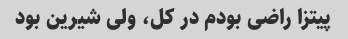
پیتزا راضی بودم در کل، ولی شیرین بود